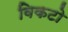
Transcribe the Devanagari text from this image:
विकटो